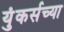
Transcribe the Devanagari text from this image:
युंकर्सच्या